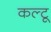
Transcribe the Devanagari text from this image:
कल्टू